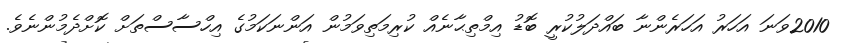
2010ވަނަ އަހަރު އަހަރެންނާ ބައްދަލުކުރީ ބޮޑު އިމްތިޙާނެއް ކުރިމަތިވަމުން އަންނަކަމުގެ އިހްސާސްތަށް ކޮށްދެމުންނެވެ.